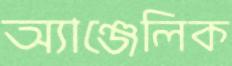
অ্যাঞ্জেলিক